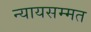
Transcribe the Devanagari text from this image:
न्यायसम्मत